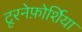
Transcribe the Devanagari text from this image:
टूरनेफ़ोर्शिया